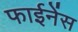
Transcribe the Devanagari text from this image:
फाईनेंस